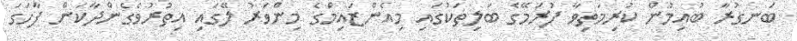
ބަނގުރާ ބުއިމުން ކުރިމަތިވާ ފުރަމޭގެ ބަލިތަކުގައި މިއެންޒައިމްގެ މިންވަރު ލޭގައި އިތުރުވެގެންދާކަން ފާހަގަ